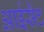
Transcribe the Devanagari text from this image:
आईसैट